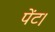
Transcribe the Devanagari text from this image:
पेंट।